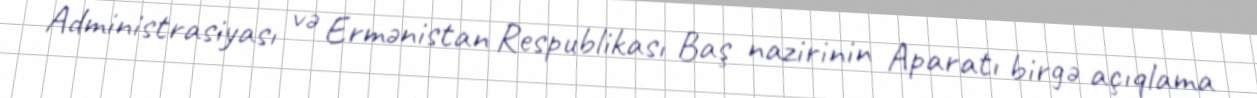
Administrasiyası və Ermənistan Respublikası Baş nazirinin Aparatı birgə açıqlama